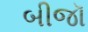
બીજૉ